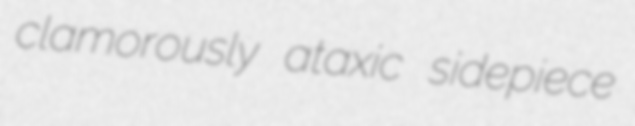
clamorously ataxic sidepiece